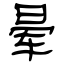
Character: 晕